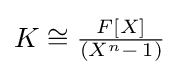
{\textstyle K\cong {\frac {F[X]}{(X^{n}{-}\,1)}}}